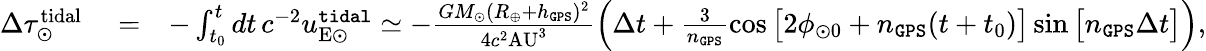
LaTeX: \begin{array}{rlr}{\Delta\tau_{\odot}^{\mathrm{tidal}}}&{{}=}&{-\int_{t_{0}}^{t}dt\, c^{-2}u_{\mathrm{E\odot}}^{\tt tidal}\simeq-\frac{GM_{\odot}(R_{\oplus}+h_{\tt GPS})^{2}}{4c^{2}\mathrm{AU}^{3}}\Big(\Delta t+\frac{3}{n_{\tt GPS}}\cos\big[2\phi_{\odot 0}+n_{\tt GPS}(t+t_{0})\big]\sin\big[n_{\tt GPS}\Delta t\big]\Big),}\end{array}